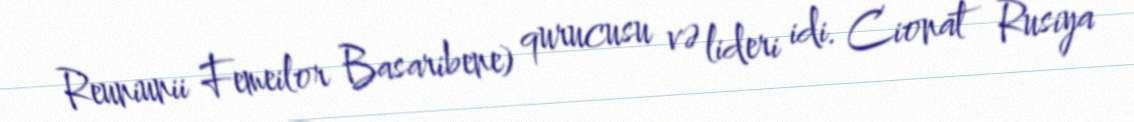
Reuniunii Femeilor Basaribene) qurucusu və lideri idi. Cionat Rusiya